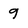
Character: 9